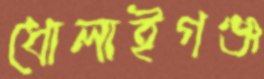
ধোলাইগঞ্জ